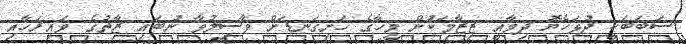
ސަބަބަކީ ދުޅަހެޔޮ ދިމާއީ ޒިޒާމަކުން މީހާގެ ހަށިގަނޑަށް ވާސިލުވާ ނުބައި ޒާތުގެ ވައިރަހާއި